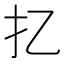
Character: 𢩧